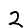
Digit: 2